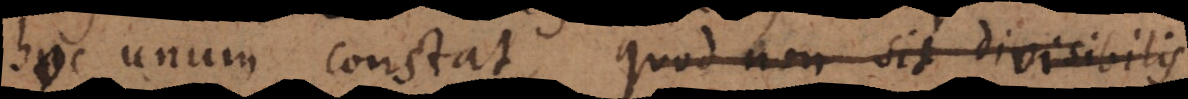
hoc unum constat, quod non sit divisibilis